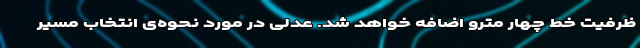
ظرفیت خط چهار مترو اضافه خواهد شد. عدلی در مورد نحوه‌ی انتخاب مسیر